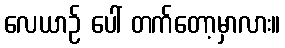
လေယာဉ် ပေါ် တက်တော့မှာလား။